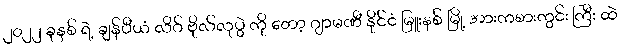
၂၀၂၂ ခုနှစ် ရဲ့ ချန်ပီယံ လိဂ် ဗိုလ်လုပွဲ ကို တော့ ဂျာမဏီ နိုင်ငံ မြူးနစ် မြို့ အားကစားကွင်း ကြီး ထဲ